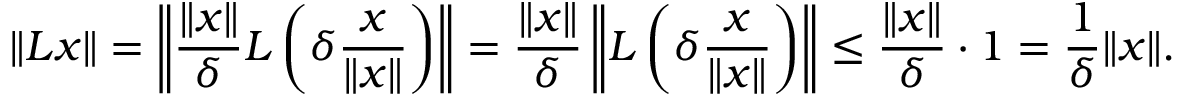
\| L x \| = \left\Vert { \frac { \| x \| } { \delta } } L \left( \delta { \frac { x } { \| x \| } } \right) \right\Vert = { \frac { \| x \| } { \delta } } \left\Vert L \left( \delta { \frac { x } { \| x \| } } \right) \right\Vert \leq { \frac { \| x \| } { \delta } } \cdot 1 = { \frac { 1 } { \delta } } \| x \| .